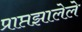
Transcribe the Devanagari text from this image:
प्राप्तझालेले